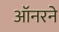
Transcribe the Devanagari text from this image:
ऑनरने